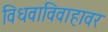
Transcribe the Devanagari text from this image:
विधवाविवाहावर